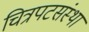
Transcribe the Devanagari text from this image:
चित्रपटसंस्था